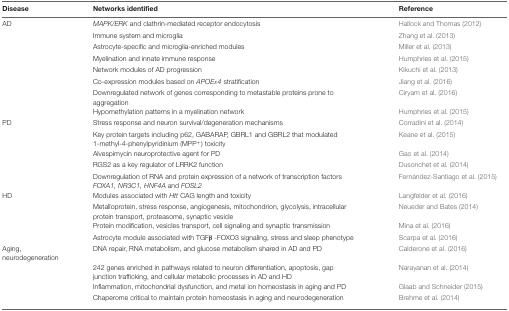
<table><thead><tr><td><b>Disease</b></td><td><b>Networks identified</b></td><td><b>Reference</b></td></tr></thead><tbody><tr><td>AD</td><td><i>MAPK/ERK</i> and clathrin-mediated receptor endocytosis</td><td>Hallock and Thomas (2012)</td></tr><tr><td></td><td>Immune system and microglia</td><td>Zhang et al. (2013)</td></tr><tr><td></td><td>Astrocyte-specific and microglia-enriched modules</td><td>Miller et al. (2013)</td></tr><tr><td></td><td>Myelination and innate immune response</td><td>Humphries et al. (2015)</td></tr><tr><td></td><td>Network modules of AD progression</td><td>Kikuchi et al. (2013)</td></tr><tr><td></td><td>Co-expression modules based on <i>APOEɛ4</i> stratification</td><td>Jiang et al. (2016)</td></tr><tr><td></td><td>Downregulated network of genes corresponding to metastable proteins prone to aggregation</td><td>Ciryam et al. (2016)</td></tr><tr><td></td><td>Hypomethylation patterns in a myelination network</td><td>Humphries et al. (2015)</td></tr><tr><td>PD</td><td>Stress response and neuron survival/degeneration mechanisms</td><td>Corradini et al. (2014)</td></tr><tr><td></td><td>Key protein targets including p62, GABARAP, GBRL1 and GBRL2 that modulated 1-methyl-4-phenylpyridinium (MPP<sup>+</sup>) toxicity</td><td>Keane et al. (2015)</td></tr><tr><td></td><td>Alvespimycin neuroprotective agent for PD</td><td>Gao et al. (2014)</td></tr><tr><td></td><td>RGS2 as a key regulator of LRRK2 function</td><td>Dusonchet et al. (2014)</td></tr><tr><td></td><td>Downregulation of RNA and protein expression of a network of transcription factors <i>FOXA1, NR3C1, HNF4A</i> and <i>FOSL2</i></td><td>Fernández-Santiago et al. (2015)</td></tr><tr><td>HD</td><td>Modules associated with <i>Htt</i> CAG length and toxicity</td><td>Langfelder et al. (2016)</td></tr><tr><td></td><td>Metalloprotein, stress response, angiogenesis, mitochondrion, glycolysis, intracellular protein transport, proteasome, synaptic vesicle</td><td>Neueder and Bates (2014)</td></tr><tr><td></td><td>Protein modification, vesicles transport, cell signaling and synaptic transmission</td><td>Mina et al. (2016)</td></tr><tr><td></td><td>Astrocyte module associated with TGFβ -FOXO3 signaling, stress and sleep phenotype</td><td>Scarpa et al. (2016)</td></tr><tr><td>Aging, neurodegeneration</td><td>DNA repair, RNA metabolism, and glucose metabolism shared in AD and PD</td><td>Calderone et al. (2016)</td></tr><tr><td></td><td>242 genes enriched in pathways related to neuron differentiation, apoptosis, gap junction trafficking, and cellular metabolic processes in AD and HD</td><td>Narayanan et al. (2014)</td></tr><tr><td></td><td>Inflammation, mitochondrial dysfunction, and metal ion homeostasis in aging and PD</td><td>Glaab and Schneider (2015)</td></tr><tr><td></td><td>Chaperome critical to maintain protein homeostasis in aging and neurodegeneration</td><td>Brehme et al. (2014)</td></tr></tbody></table>